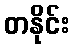
တနိုင်း